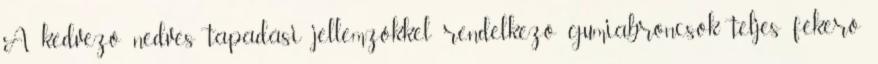
A kedvező nedves tapadási jellemzőkkel rendelkező gumiabroncsok teljes fékerő